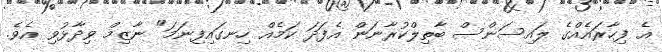
އެ ފިހާރައެެއްގެ ލައިސަންސް ބާތިލްކުރާނަން އެފަދަ ކަމެއް ހިނގައިފިނަމަ" ނާޒިމް ވިދާޅުވި އެވެ.